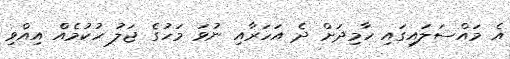
އެ މައްސަލައިގައި ހާމިދަށް ދެ އަހަރާއި ނުވަ މަހުގެ ޖަލު ހުކުމެއް އިއްވި